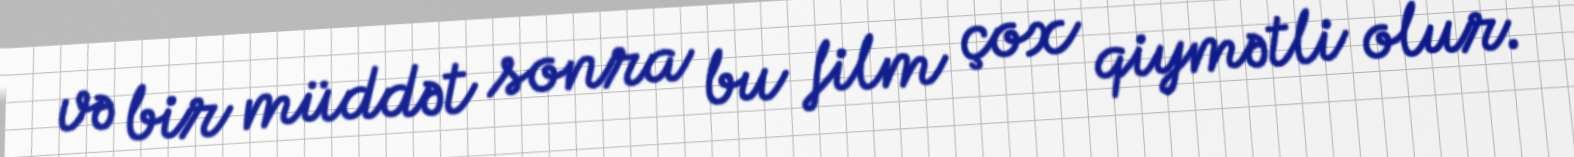
və bir müddət sonra bu film çox qiymətli olur.